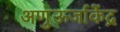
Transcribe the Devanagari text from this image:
अणुऊर्जाकेंद्र